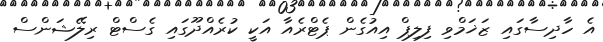
އެ ހާދިސާގައި ޒަޚަމްވި ފިލިޕް އިއުގެން ޕެޓްރެއާ އަކީ ކުރެއްދޫގައި ގެސްޓް ރިލޭޝަންސް